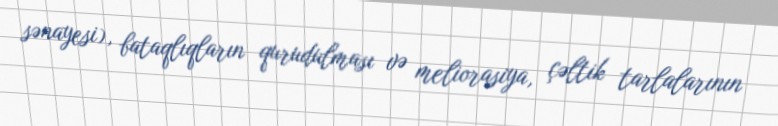
sənayesi), bataqlıqların qurudulması və meliorasiya, çəltik tarlalarının